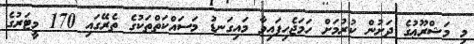
މި މަޝްރޫޢުގެ ދަށުން ކުރުމަށް ހަމަޖެހިފައިވާ މައިގަނޑު މަސައްކަތްތަކުގެ ތެރޭގައި 170 މީޓަރުގެ